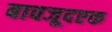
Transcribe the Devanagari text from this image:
बावजूदएक